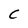
Character: C